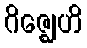
ဂိဇ္ဈေဟိ